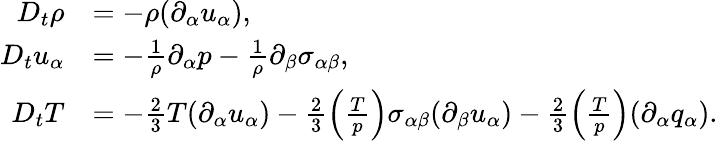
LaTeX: \begin{array}{rl}{D_{t}\rho}&{=-\rho(\partial_{\alpha}u_{\alpha}),}\\ {D_{t}u_{\alpha}}&{=-\frac{1}{\rho}\partial_{\alpha}p-\frac{1}{\rho}\partial_{\beta}{\sigma}_{\alpha\beta},}\\ {D_{t}T}&{=-\frac{2}{3}T(\partial_{\alpha}u_{\alpha})-\frac{2}{3}\left(\frac{T}{p}\right)\sigma_{\alpha\beta}(\partial_{\beta}u_{\alpha})-\frac{2}{3}\left(\frac{T}{p}\right)(\partial_{\alpha}q_{\alpha}).}\end{array}